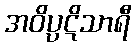
အဝိပ္ပဋိသာရီ